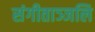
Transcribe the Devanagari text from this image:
संगीताञ्जलि